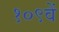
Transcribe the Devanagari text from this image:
१०९वें